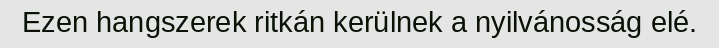
Ezen hangszerek ritkán kerülnek a nyilvánosság elé.